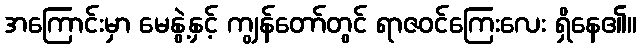
အကြောင်းမှာ မေနွဲ့နှင့် ကျွန်တော်တွင် ရာဇဝင်ကြေးလေး ရှိနေ၏။